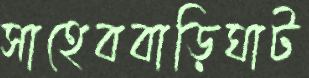
সাহেববাড়িঘাট